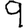
Digit: 9